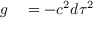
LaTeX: \begin{array} { r l } { g } & { { } = - c ^ { 2 } d \tau ^ { 2 } } \end{array}